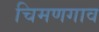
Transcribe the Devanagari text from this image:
चिमणगाव